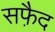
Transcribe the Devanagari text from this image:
सफै़द